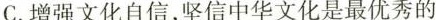
C.增强文化自信，坚信中华文化是最优秀的